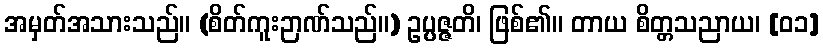
အမှတ်အသားသည်။ (စိတ်ကူးဉာဏ်သည်။) ဥပ္ပဇ္ဇတိ၊ ဖြစ်၏။ တာယ စိတ္တသညာယ၊ [၀၁]